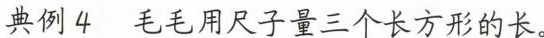
典例4 毛毛用尺子量三个长方形的长。